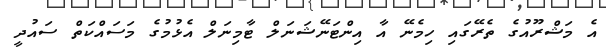
އެ މަޝްރޫއުގެ ތެރޭގައި ހިމެނޭ އާ އިންޓަނޭޝަނަލް ޓާމިނަލް އެޅުމުގެ މަސައްކަތް ސައުދީ